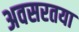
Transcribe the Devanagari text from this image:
अवसरतया